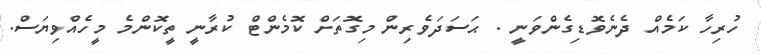
ހުރިހާ ކަމެއް ދެނެވޮޑިގެންވަނީ . ޙަސަދަވެރިން މިގޮތަށް ކޮމެންޓް ކުރާނީ ތީކޮންމެ މީހެއްވިޔަސް.